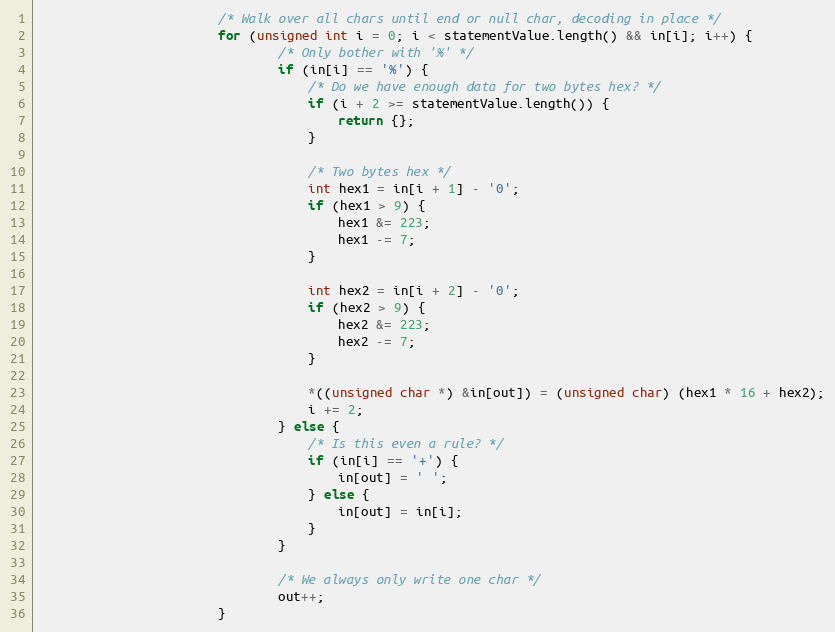
Language: C
                        /* Walk over all chars until end or null char, decoding in place */
                        for (unsigned int i = 0; i < statementValue.length() && in[i]; i++) {
                                /* Only bother with '%' */
                                if (in[i] == '%') {
                                    /* Do we have enough data for two bytes hex? */
                                    if (i + 2 >= statementValue.length()) {
                                        return {};
                                    }

                                    /* Two bytes hex */
                                    int hex1 = in[i + 1] - '0';
                                    if (hex1 > 9) {
                                        hex1 &= 223;
                                        hex1 -= 7;
                                    }

                                    int hex2 = in[i + 2] - '0';
                                    if (hex2 > 9) {
                                        hex2 &= 223;
                                        hex2 -= 7;
                                    }

                                    *((unsigned char *) &in[out]) = (unsigned char) (hex1 * 16 + hex2);
                                    i += 2;
                                } else {
                                    /* Is this even a rule? */
                                    if (in[i] == '+') {
                                        in[out] = ' ';
                                    } else {
                                        in[out] = in[i];
                                    }
                                }

                                /* We always only write one char */
                                out++;
                        }